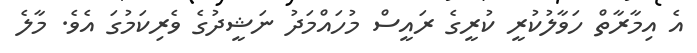
އެ އިމާރާތް ހަވާލުކުރީ ކުރީގެ ރައީސް މުހައްމަދު ނަޝީދުގެ ވެރިކަމުގަ އެވެ. މާލެ